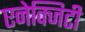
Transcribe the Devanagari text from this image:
एनेक्जिटी